画像に写った文字を読んでください
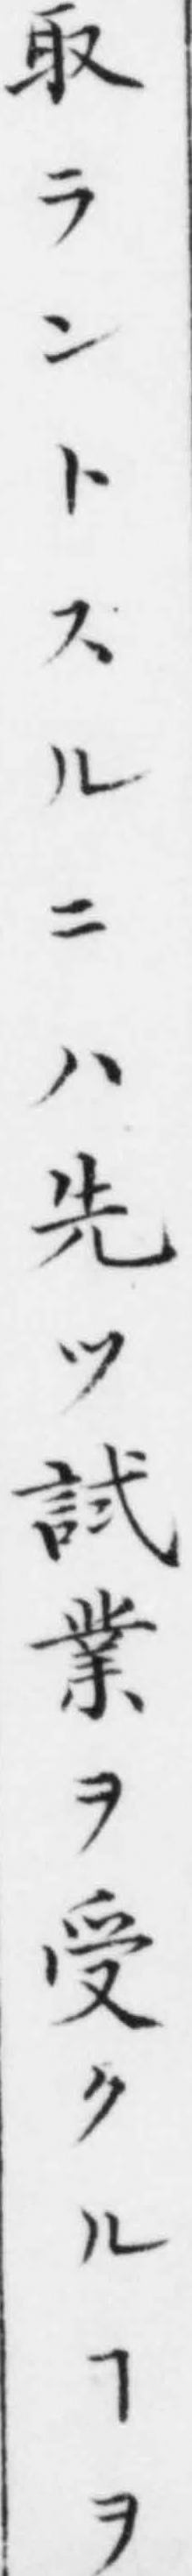
「取ラントスルニハ先ツ試業ヲ受クルヿヲ」と書いてあります